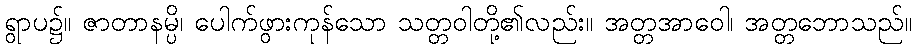
ရွာပ၌။ ဇာတာနမ္ပိ၊ ပေါက်ဖွားကုန်သော သတ္တဝါတို့၏လည်း။ အတ္တအာဝေါ၊ အတ္တဘောသည်။